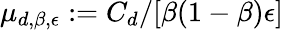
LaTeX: \mu_{d,\beta,\epsilon}:=C_{d}/[\beta(1-\beta)\epsilon]